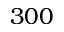
3 0 0